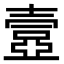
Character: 𡔾